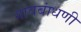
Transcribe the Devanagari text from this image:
गावबांधणी